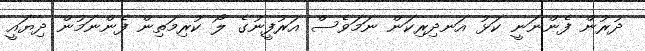
ދުރުން ފެންނަނީ ކަޅު އަނދިރިކަން ނަމަވެސް އަރުފީނުގެ ލޯ ކުރިމަތިން ފެންނަމުން ދިޔައީ